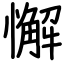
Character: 懈